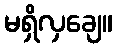
မရှိလှချေ။